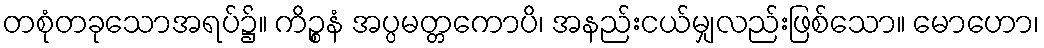
တစုံတခုသောအရပ်၌။ ကိဉ္စနံ အပ္ပမတ္တကောပိ၊ အနည်းငယ်မျှလည်းဖြစ်သော။ မောဟော၊